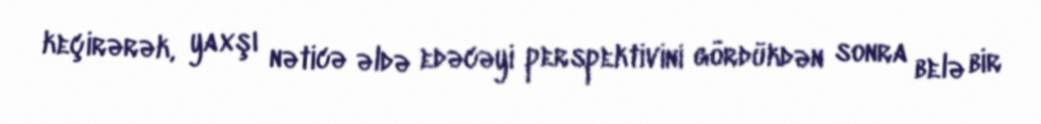
keçirərək, yaxşı nəticə əldə edəcəyi perspektivini gördükdən sonra belə bir